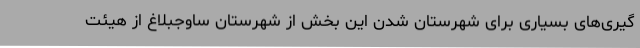
گیری‌های بسیاری برای شهرستان شدن این بخش از شهرستان ساوجبلاغ از هیئت